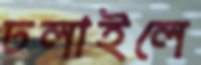
ঢলাইলে